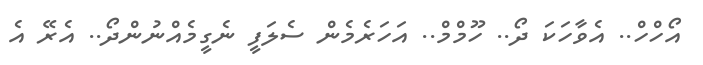
އޯހްހް.. އެވާހަކަ ދޯ.. ހޫމްމް.. އަހަރެމެން ސެލަފީ ނެގީމެއްނުންދޯ.. އެރޭ އެ